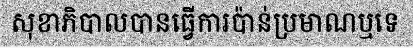
សុខាភិបាលបានធ្វើការប៉ាន់ប្រមាណឬទេ